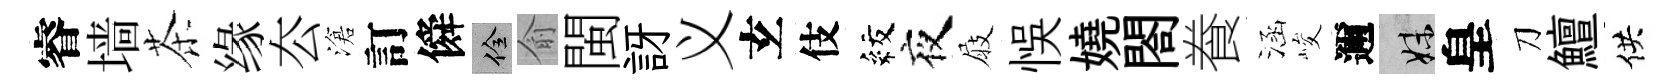
睿墙茶缘厺滄訂僢佺俞閩訝义𤣥伎紋夜屐悞嬈閤飬涵峻邇妹皇刀鱣供